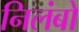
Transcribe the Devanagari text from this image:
निलंबो